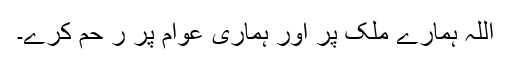
اللہ ہمارے ملک پر اور ہماری عوام پر ر حم کرے۔